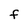
Character: f